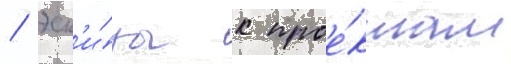
/ эск'и́зы к прое́ктам